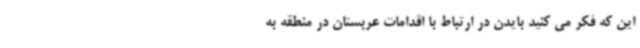
این که فکر می کنید بایدن در ارتباط با اقدامات عربستان در منطقه به